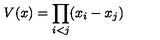
V ( x ) = \prod _ { i < j } ( x _ { i } - x _ { j } )